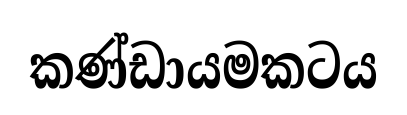
කණ්ඩායමකටය